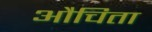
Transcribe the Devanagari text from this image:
औचिता